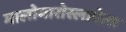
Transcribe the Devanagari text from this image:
मालोयारोस्लावेत्स